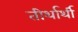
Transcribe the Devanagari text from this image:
तीर्थार्थी